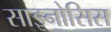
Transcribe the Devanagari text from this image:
साइनोसिस